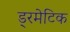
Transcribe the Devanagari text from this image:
ड्रमेटिक